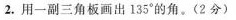
2.用一副三角板画出135°的角。(2分)